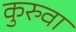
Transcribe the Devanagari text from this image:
कुरुवा